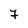
Character: 7